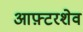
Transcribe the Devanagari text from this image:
आफ़्टरशेव